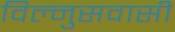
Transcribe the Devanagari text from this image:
विल्नुसवासी